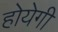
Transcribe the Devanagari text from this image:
होयेगी